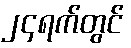
၂၄ရက်တွင်